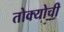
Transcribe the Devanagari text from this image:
तोक्योची